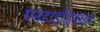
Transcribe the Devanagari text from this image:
एनहाइड्रिडाइड